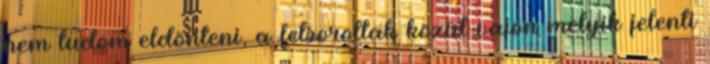
nem tudom eldönteni, a felsoroltak közül vajon melyik jelenti